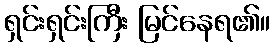
ရှင်းရှင်းကြီး မြင်နေရ၏။